Civil Veterinary Department. Madras. Admin. report 1926-33 - 1926-1933
Year: 1926
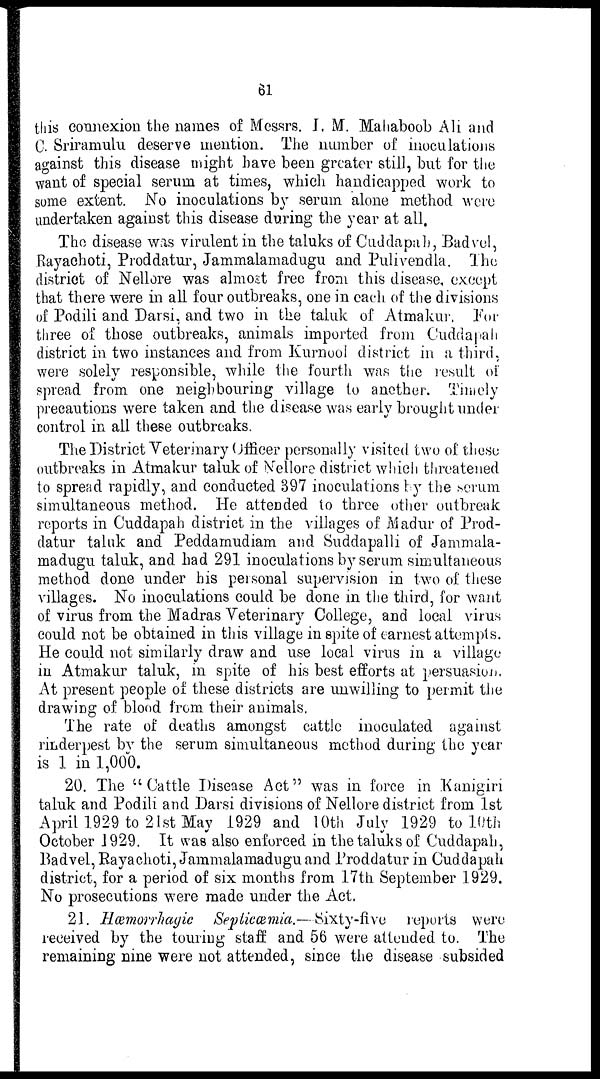
61
this connexion the names of Messrs. I. M. Mahaboob Ali and
C. Sriramulu deserve mention. The number of inoculations
against this disease might have been greater still, but for the
want of special serum at times, which handicapped work to
some extent. No inoculations by serum alone method were
undertaken against this disease during the year at all.
The disease was virulent in the taluks of Cuddapah, Badvel,
Rayachoti, Proddatur, Jammalamadugu and Pulivendla. The
district of Nellore was almost free from this disease except
that there were in all four outbreaks, one in each of the divisions
of Podili and Darsi, and two in the taluk of Atmakur. For
three of those outbreaks, animals imported from Cuddapah
district in two instances and from Kurnool district in a third,
were solely responsible, while the fourth was the result of
spread from one neighbouring village to another. Timely
precautions were taken and the disease was early brought under
control in all these outbreaks.
The District Veterinary Officer personally visited two of these
outbreaks in Atmakur taluk of Nellore district which threatened
to spread rapidly, and conducted 397 inoculations by the serum
simultaneous method. He attended to three other outbreak
reports in Cuddapah district in the villages of Madur of Prod-
datur taluk and Peddamudiam and Suddapalli of Jammala-
madugu taluk, and had 291 inoculations by serum simultaneous
method done under his personal supervision in two of these
villages. No inoculations could be done in the third, for want
of virus from the Madras Veterinary College, and local virus
could not be obtained in this village in spite of earnest attempts.
He could not similarly draw and use local virus in a village
in Atmakur taluk, in spite of his best efforts at persuasion.
At present people of these districts are unwilling to permit the
drawing of blood from their animals.
The rate of deaths amongst cattle inoculated against
rinderpest by the serum simultaneous method during the year
is 1 in 1,000.
20. The "Cattle Disease Act" was in force in Kanigiri
taluk and Podili and Darsi divisions of Nellore district from 1st
April 1929 to 21st May 1929 and 10th July 1929 to 10th
October 1929. It was also enforced in the taluks of Cuddapah,
Badvel, Rayachoti, Jammalamadugu and Proddatur in Cuddapah
district, for a period of six months from 17th September 1929.
No prosecutions were made under the Act.
21. Hæmorrhagic Septicæmia.—Sixty-five reports were
received by the touring staff and 56 were attended to. The
remaining nine were not attended, since the disease subsided